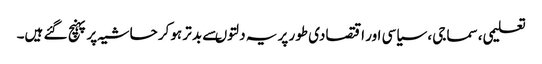
تعلیمی، سماجی ، سیاسی اور اقتصادی طور پر یہ دلتوںسے بد تر ہوکر حاشیہ پر پہنچ گئے ہیں۔